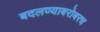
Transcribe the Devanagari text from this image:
बदलण्याबरोबरच